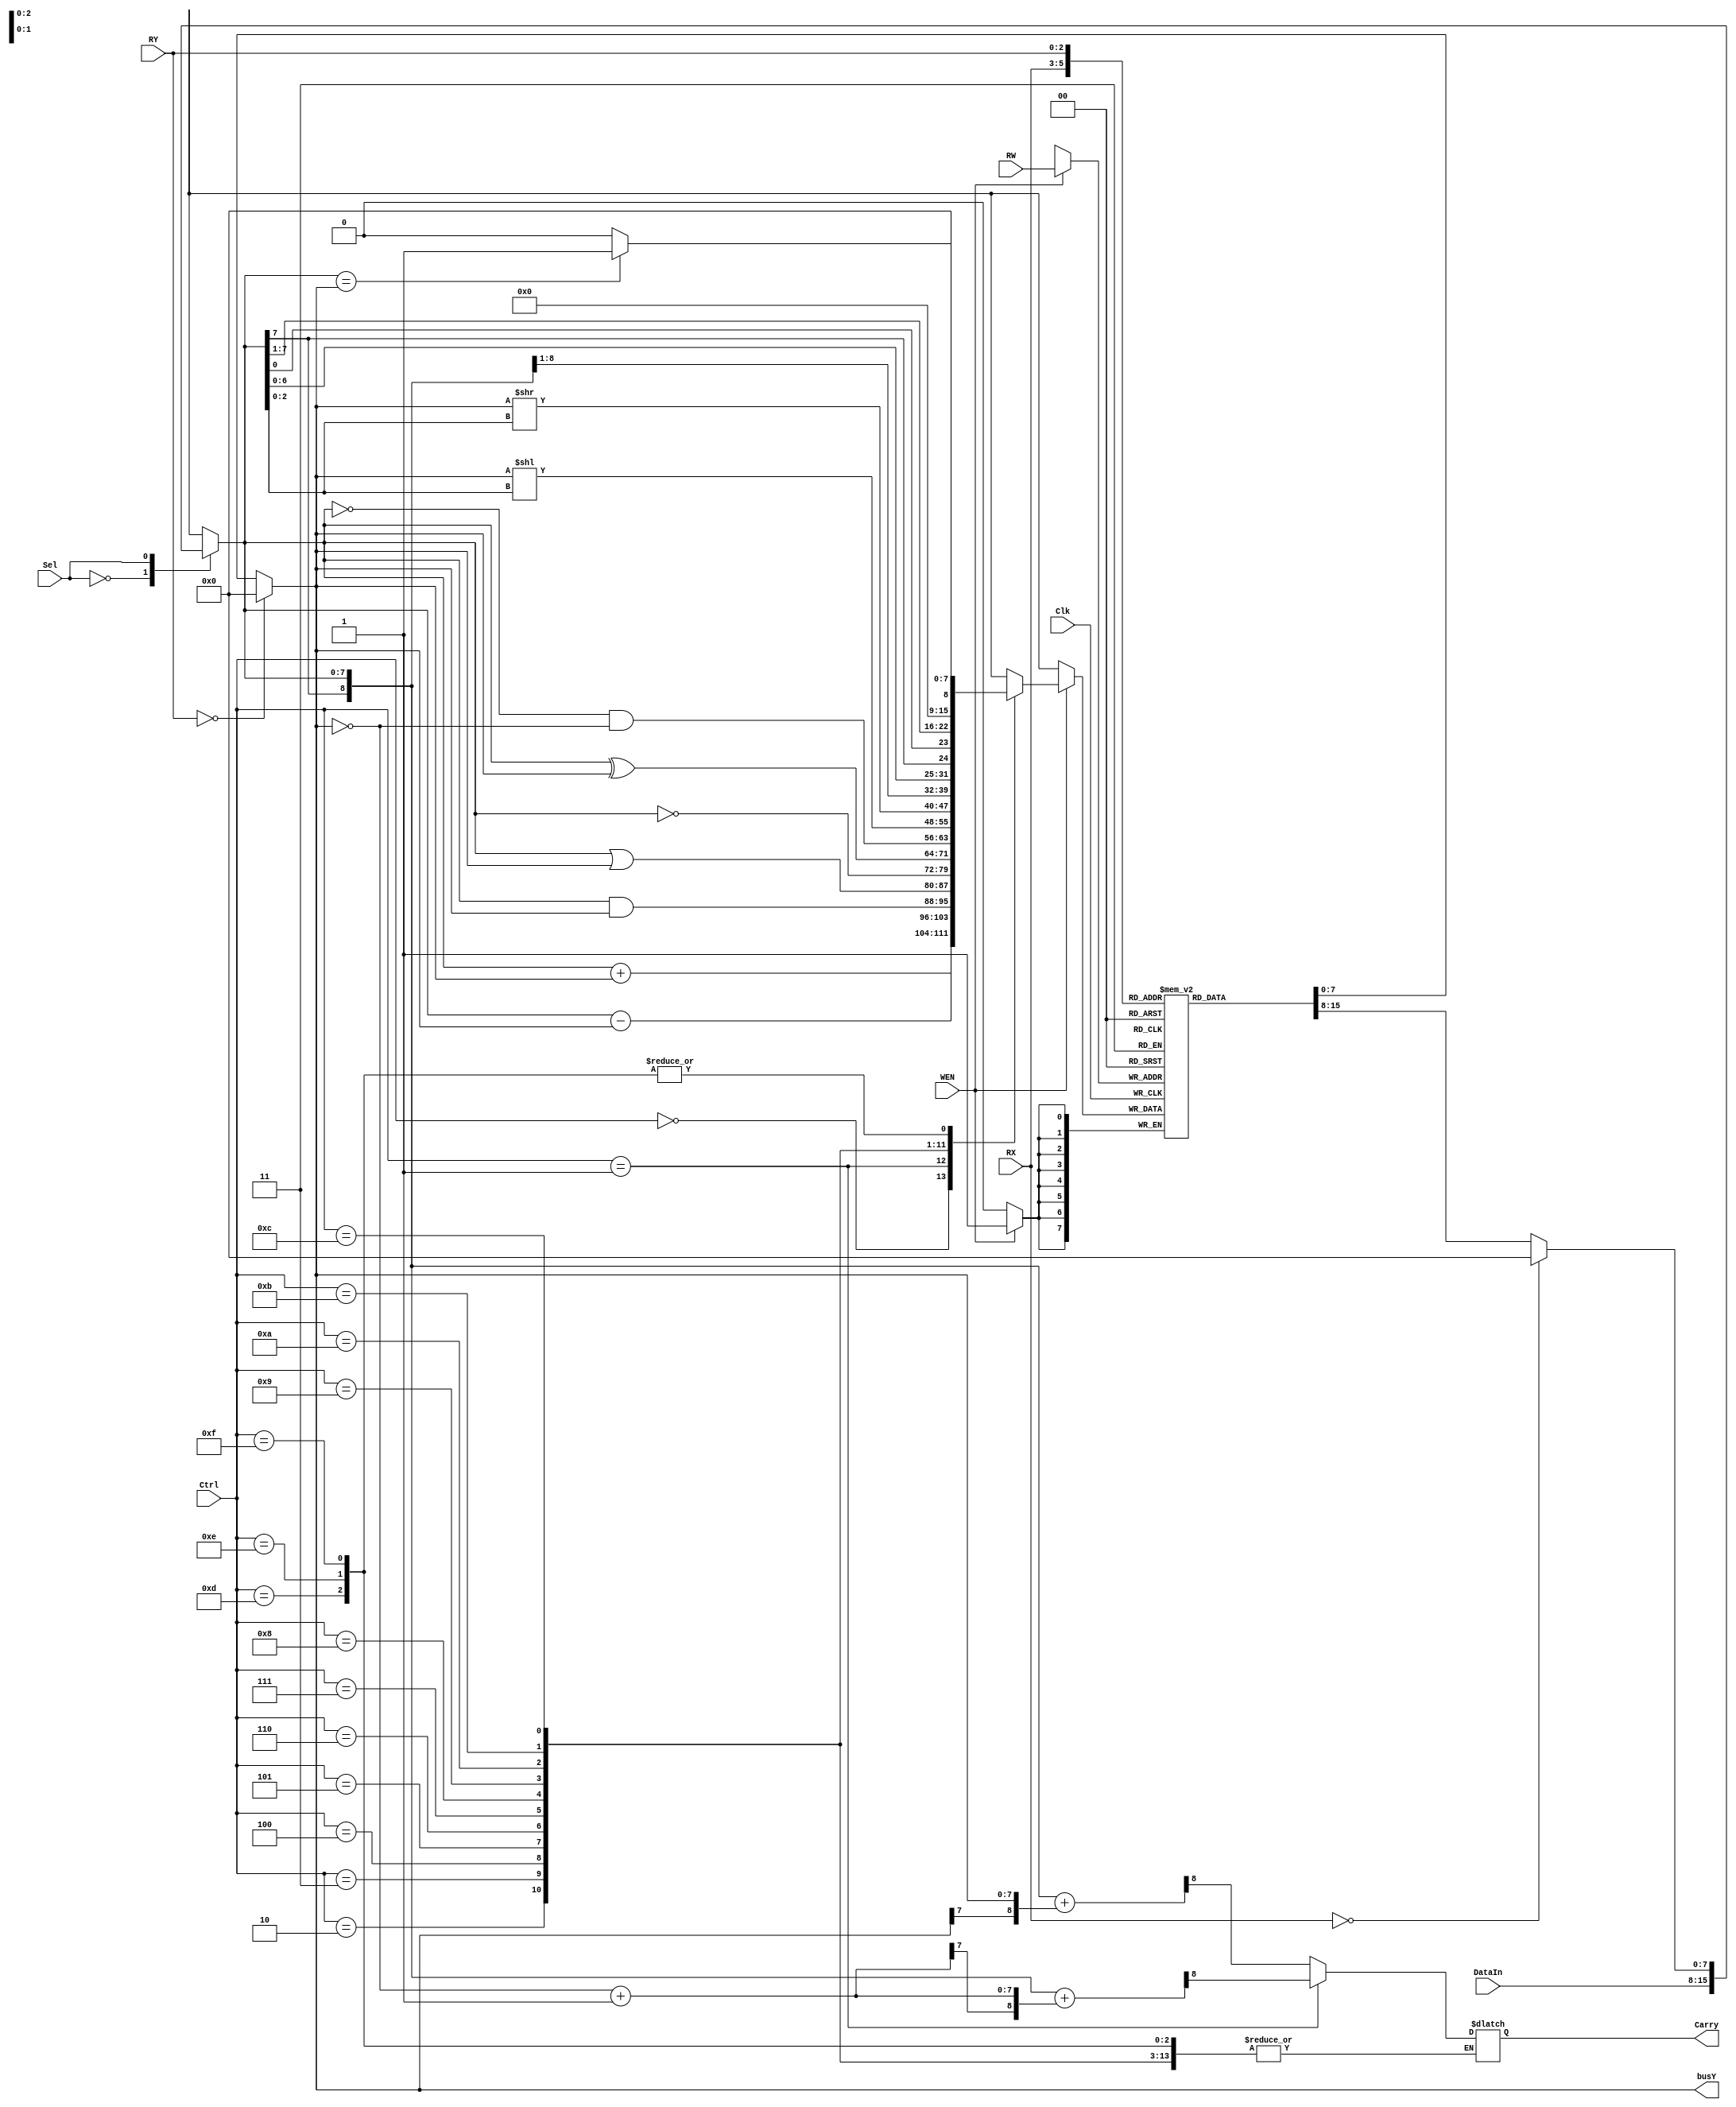
module simple_calculator(
    Clk,
    WEN,
    RW,
    RX,
    RY,
    DataIn,
    Sel,
    Ctrl,
    busY,
    Carry
);

    input        Clk;
    input        WEN;
    input  [2:0] RW, RX, RY;
    input  [7:0] DataIn;
    input        Sel;
    input  [3:0] Ctrl;
    output [7:0] busY;
    output       Carry;

//==== reg/wire definition ====
	reg signed [7:0] x;
	reg [7:0] busY, busX;
	reg Carry;
	reg signed [7:0] busW;
	reg [8:0] tmp;
    reg [7:0] neg;
	
    
// submodule instantiation
 	always@(DataIn or busX or Sel) begin
 		case(Sel)
 			1'b0: x = DataIn;
 			1'b1: x = busX;
 		endcase
 	end 

// combinational part
	always@(Ctrl,x,busY)
	begin
	  case(Ctrl)
	    4'b0000: begin
	    	tmp ={x[7],x}+{busY[7],busY};
	    	Carry = tmp[8];
	    	busW = x+busY;
	    end
	    4'b0001: begin
	    	neg = ~busY + 00000001;
	    	tmp ={x[7],x}+{neg[7],neg};
	    	Carry = tmp[8];
	    	busW = x-busY;
	    end
	    4'b0010: busW = x & busY;
	    4'b0011: busW = x | busY;
	    4'b0100: busW = ~x;
	    4'b0101: busW = x ^ busY;
	    4'b0110: busW = ~x & ~busY;
	    4'b0111: busW = busY << x[2:0];
	    4'b1000: busW = busY >> x[2:0];
	    4'b1001: busW = {x[7],x[7:1]};
	    4'b1010: busW = {x[6:0] , x[7]};
	    4'b1011: busW = {x[0] , x[7:1]};
	    4'b1100: busW = (x==busY)?1:0;
	    4'b1101: busW = 0;
	    4'b1110: busW = 0;
	    4'b1111: busW = 0;
	  endcase
	end

  
//==== sequential circuit ====
	reg [7:0] registers[7:0];

    always@(posedge Clk) begin
    	if(WEN)
    	  registers[RW] <= busW;
    end

    always@(RX or registers[RX])begin
    	if(RX == 0) busX <= 0;
    	else busX <= registers[RX];
    end
    always@(RY or registers[RY])begin
    	if(RY == 0) busY <= 0;
    	else busY <= registers[RY];
    end

endmodule